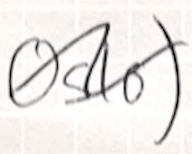
Text: Oslo)
Cross-out: wave
Writing tool: ballpoint